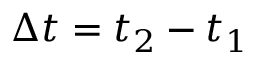
\Delta t = t _ { 2 } - t _ { 1 }